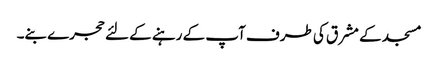
مسجد کے مشرق کی طرف آپ کے رہنے کے لئے حجرے بنے۔